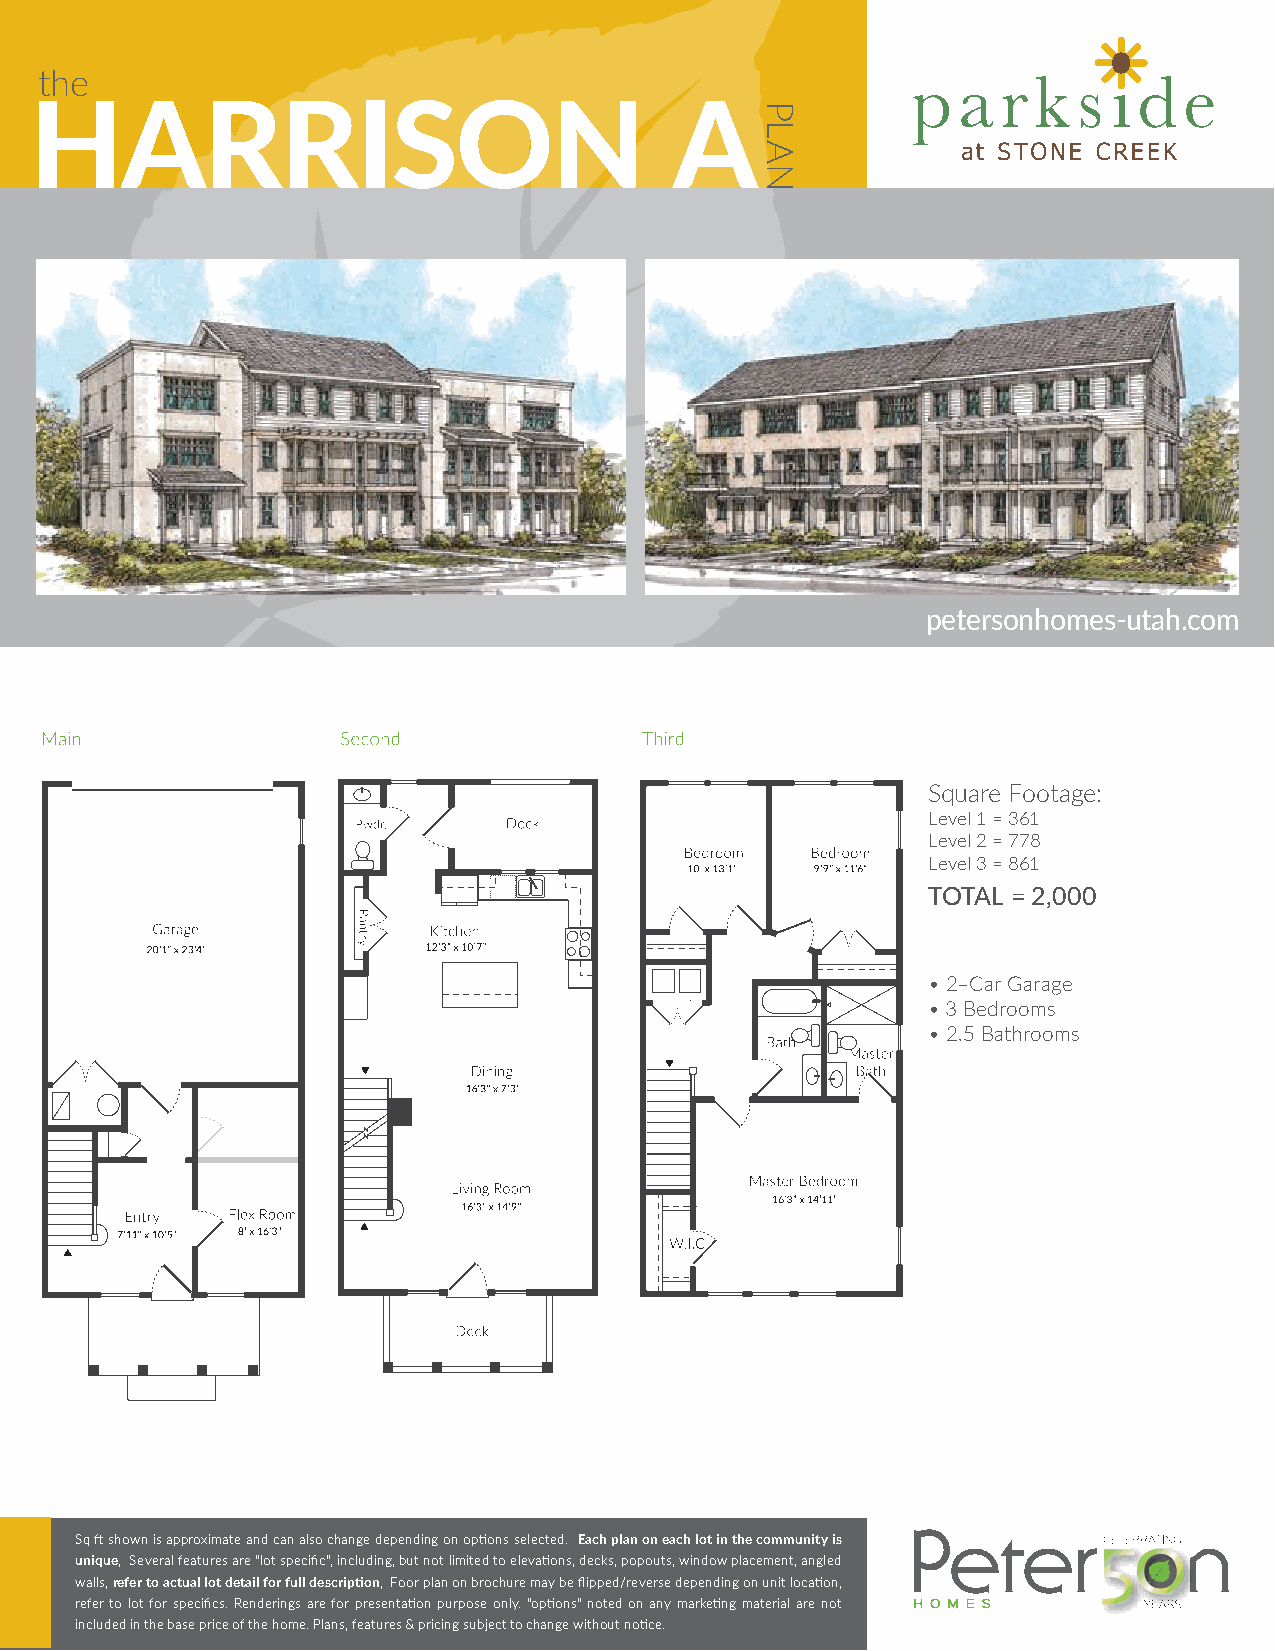
the
 HARRISON                                   A
 petersonhomes-utah.com
 Square Footage:
 Level 1 = 361
 Level 2 = 778
 Level 3 = 861
 TOTAL = 2,000
 • 2–Car Garage
 • 3 Bedrooms
 • 2.5 Bathrooms
 Sq ft shown is approximate and can also change depending on options selected. Each plan on each lot in the community is
 unique, Several features are "lot specific", including, but not limited to elevations, decks, popouts, window placement, angled
 walls, refer to actual lot detail for full description, Foor plan on brochure may be flipped/reverse depending on unit location,
 refer to lot for specifics. Renderings are for presentation purpose only. "options" noted on any marketing material are not
 included in the base price of the home. Plans, features & pricing subject to change without notice.
 PLAN